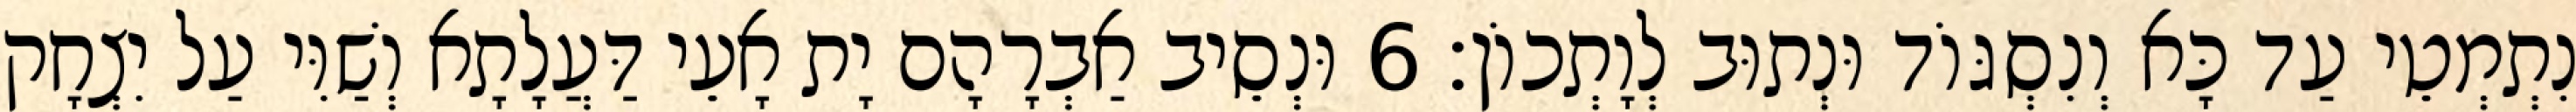
נִתְמְטֵי עַד כָּא וְנִסְגּוֹד וּנְתוּב לְוָתְכוֹן׃ 6 וּנְסֵיב אַבְרָהָם יָת אָעֵי דַּעֲלָתָא וְשַׁוִּי עַל יִצְחָק